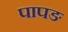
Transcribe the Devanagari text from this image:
पापङ